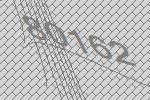
80162